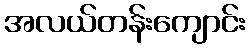
အလယ်တန်းကျောင်း